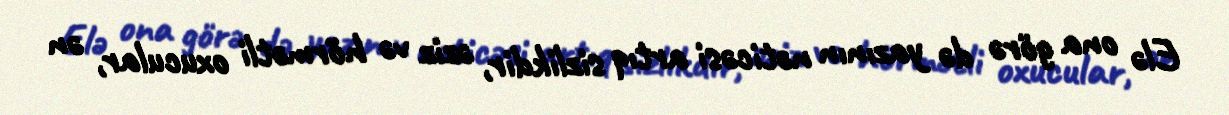
Elə ona görə də yazının nəticəsi artıq sizlikdir, əziz və hörmətli oxucular, ən